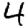
Digit: 4